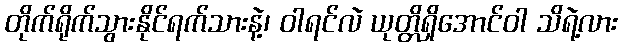
တိုက်ရိုက်သွားနိုင်ရက်သားနဲ့၊ ဝါရင်လဲ ယုတ္တိရှိအောင်ဝါ သိရဲ့လား